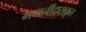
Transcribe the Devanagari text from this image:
भवानीदासकृत